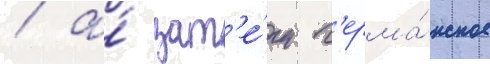
/ а́ зат'е́м г'ерма́нское